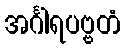
အင်္ဂါရပဗ္ဗတံ